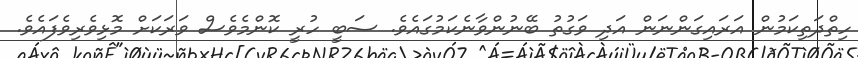
ހިތްދަތިކަމުން އަރައިގަންނަން އަދި ވަގުތު ބޭނުންވާނެކަމުގައެވެ. ސަބީ ހުރީ ކޮންމެވެސް ވަރަކަށް މޮޅިވެރިވެފައެވެ.